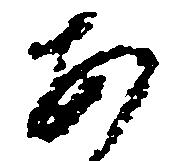
あ